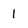
Character: 1